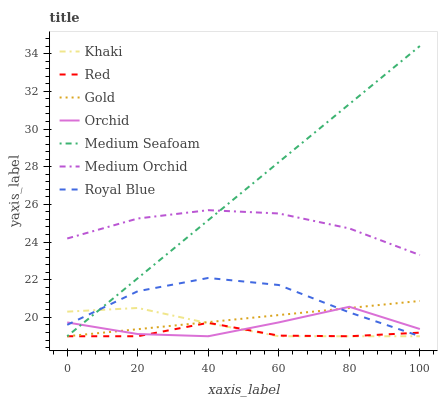
| xaxis_label | Khaki | Red | Gold | Orchid | Medium Seafoam | Medium Orchid | Royal Blue |
 | --- | --- | --- | --- | --- | --- | --- | --- |
 | 0 | 20.3 | 19 | 19 | 19.7 | 19 | 24.2 | 19.6 |
 | 20 | 20.5 | 19 | 19.4 | 19.1 | 22.1 | 25.3 | 21.4 |
 | 40 | 19.7 | 19.7 | 19.7 | 19 | 25.2 | 25.7 | 22.1 |
 | 60 | 19 | 19 | 20.1 | 19.7 | 28.2 | 25.5 | 21.7 |
 | 80 | 19 | 19 | 20.5 | 20.6 | 31.3 | 24.7 | 20.3 |
 | 100 | 19 | 19.2 | 20.9 | 19.4 | 34.4 | 23.3 | 19 |